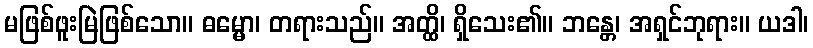
မဖြစ်ဖူးမြဲဖြစ်သော။ ဓမ္မော၊ တရားသည်။ အတ္ထိ၊ ရှိသေး၏။ ဘန္တေ၊ အရှင်ဘုရား။ ယဒါ၊